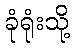
ခုံရုံးသို့